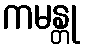
ကမန္တု